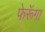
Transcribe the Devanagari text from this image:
फेरूॅगा